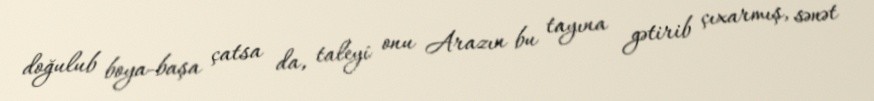
doğulub boya-başa çatsa da, taleyi onu Arazın bu tayına gətirib çıxarmış, sənət